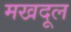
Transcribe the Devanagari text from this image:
मखदूल